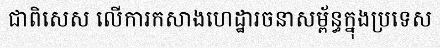
ជាពិសេស លើការកសាងហេដ្ឋារចនាសម្ព័ន្ធក្នុងប្រទេស